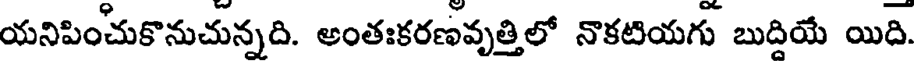
యనిపించుకొనుచున్నది. అంతఃకరణవృత్తిలో నొకటియగు బుద్దియే యిది.